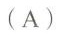
(A)